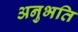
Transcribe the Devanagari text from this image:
अनुभति